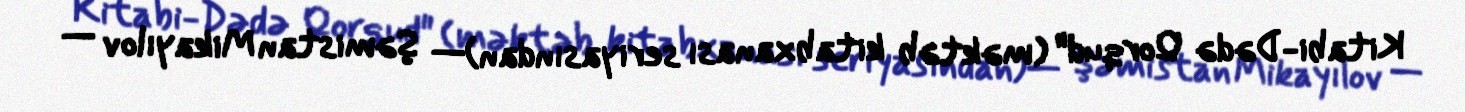
Kitabi-Dədə Qorqud" (məktəb kitabxanası seriyasından)— Şəmistan Mikayılov —